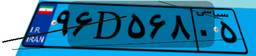
۹۶D۵۶۸۰۵